Report of the Indian Hemp Drugs Commission, 1894-1895 - Volume VI
Year: 1894
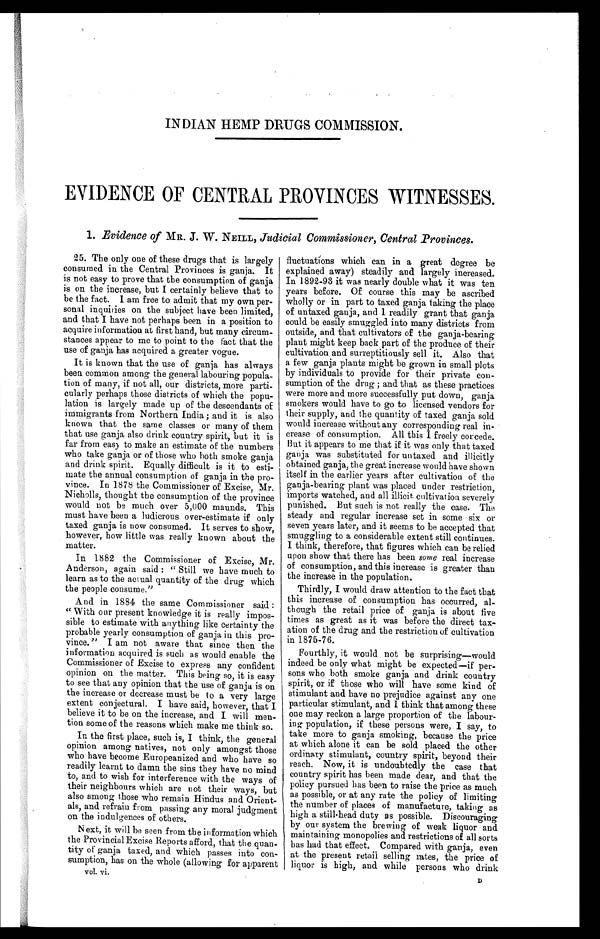
INDIAN HEMP DRUGS COMMISSION.
EVIDENCE OF CENTRAL PROVINCES WITNESSES.
1. Evidence of MR. J . W. NEILL, Judicial Commissioner, Central Provinces.
25. The only one of these drugs that is largely
consumed in the Central Provinces is ganja. It
is not easy to prove that the consumption of ganja
is on the increase, but I certainly believe that to
be the fact. I am free to admit that my own per
-sonal inquiries on the subject have been limited,
and that I have not perhaps been in a position to
acquire information at first hand, but many circum
-stances appear to me to point to the fact that the
use of ganja has acquired a greater vogue.
It is known that the use of ganja has always
been common among the general labouring popula
-tion of many, if not all, our districts, more parti
-cularly perhaps those districts of which the popu
- l a t i o n i s l a r g e l y m a d e u p o f t h e d e s c e n d a n t s o f
immigrants from Northern India; and it is also
known that the same classes or many of them
that use ganja also drink country spirit, but it is
far from easy to make an estimate of the numbers
who take ganja or of those who both smoke ganja
and drink spirit. Equally difficult is it to esti
-mate the annual consumption of ganja in the pro
-vince. In 1878 the Commissioner of Excise, Mr.
Nicholls, thought the consumption of the province
would not be much over 5,000 maunds. This
must have been a ludicrous over-estimate if only
taxed ganja is now consumed. It serves to show,
however, how little was really known about the
matter.
In 1882 the Commissioner of Excise, Mr.
Anderson, again said: "Still we have much to
learn as to the actual quantity of the drug which
the people consume."
And in 1884 the same Commissioner said:
" With our present knowledge it is really impos
- s i b l e t o e s t i m a t e w i t h a n y t h i n g l i k e c e r t a i n t y t h e
probable yearly consumption of ganja in this pro-
vince." I am not aware that since then the
information acquired is such as would enable the
Commissioner of Excise to express any confident
opinion on the matter. This being so, it is easy
to see that any opinion that the use of ganja is on
the increase or decrease must be to a very large
extent conjectural. I have said, however, that I
believe it to be on the increase, and I will men
- t i o n s o m e o f t h e r e a s o n s w h i c h m a k e m e t h i n k s o .
In the first place, such is, I think, the general
opinion among natives, not only amongst those
who have become Europeanized and who have so
readily learnt to damn the sins they have no mind
to, and to wish for interference with the ways of
their neighbours which are not their ways, but
also among those who remain Hindus and Orient
- a l s , a n d r e f r a i n f r o m p a s s i n g a n y m o r a l j u d g m e n t
on the indulgences of others.
Next, it will be seen from the information whiel
the Provincial Excise Reports afford, that the quan.
tity of ganja taxed, and which passes into con-
sumption, has on the whole (allowing for apparent
fluctuations which can in a great degree be
explained away) steadily and largely increased.
In 1892-93 it was nearly double what it was ten
years before. Of course this may be ascribed
wholly or in part to taxed ganja taking the place
of untaxed ganja, and 1 readily grant that ganja
could be easily smuggled into many districts from
outside, and that cultivators of the ganja-bearing
plant might keep back part of the produce of their
cultivation and surreptitiously sell it. Also that
a few ganja plants might be grown in small plots
by individuals to provide for their private con
-sumption of the drug; and that as these practices
were more and more successfully put down, ganja
smokers would have to go to licensed vendors for
their supply, and the quantity of taxed ganja sold
would increase without any corresponding real in
-crease of consumption. All this I freely concede.
But it appears to me that if it was only that taxed
ganja was substituted for untaxed and illicitly
obtained ganja, the great increase would have shown
itself in the earlier years after cultivation of the
ganja-bearing plant was placed under restriction,
imports watched, and all illicit cultivation severely
punished. But such is not really the case. The
steady and regular increase set in some six or
seven years later, and it seems to be accepted that
smuggling to a considerable extent still continues.
I think, therefore, that figures which can be relied
upon show that there has been some real increase
of consumption, and this increase is greater than
the increase in the population.
Thirdly, I would draw attention to the fact that
this increase of consumption has occurred, al-
though the retail price of ganja, is about five
times as great as it was before the direct tax-
ation of the drug and the restriction of cultivation
in 1875-76.
Fourthly, it would not be surprising—would
indeed be only what might be expected—if per-
sons who both smoke ganja and drink country
spirit, or if those who will have some kind of
stimulant and have no prejudice against any one
particular stimulant, and I think that among these
one may reckon a large proportion of the labour-
ing population, if these persons were, I say, to
take more to ganja smoking, because the price
at which alone it can be sold placed the other
i
ordinary stimulant, country spirit, beyond their
reach. Now, it is undoubtedly the case that
country spirit has been made dear, and that the
policy pursued has been to raise the price as much
as possible, or at any rate the policy of limiting
the number of places of manufacture, taking as
high a still-head duty as possible. Discouraging
by our system the brewing of weak liquor and
maintaining monopolies and restrictions of all sorts
has had that effect. Compared with ganja, even
at the present retail selling rates, the price of
liquor is high, and while persons who drink
v o l . v i . D